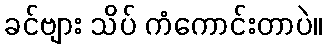
ခင်ဗျား သိပ် ကံကောင်းတာပဲ။